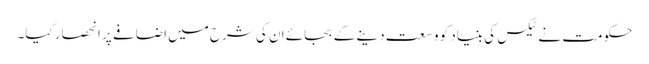
حکومت نے ٹیکس کی بنیاد کو وسعت دینے کے بجائے ان کی شرح میں اضافے پر انحصار کیا۔